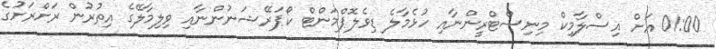
01:00 އަށް އިސްލާމިކް މިނިސްޓްރީންނާއި ހުޅެމާލެ ޑިވެލޮޕްމަންޓް ކޯޕަރޭޝަނުންނާއި ވިލިމާލޭގެ އިތުރުން ރަށްރަށުގެ